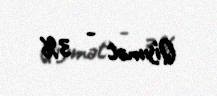
Qiymət - 3%